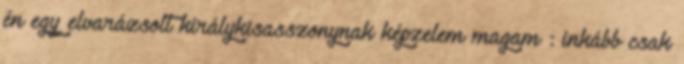
én egy elvarázsolt királykisasszonynak képzelem magam : inkább csak